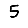
Digit: 5